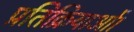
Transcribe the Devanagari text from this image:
प्रतिक्रियाओं।